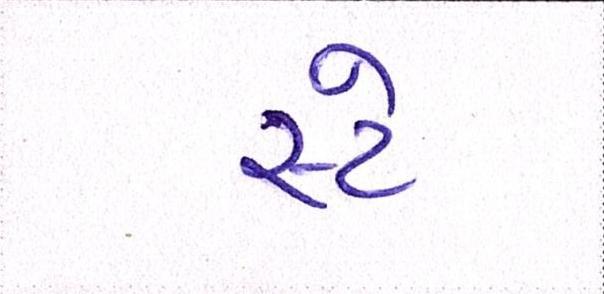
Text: સ્ટે